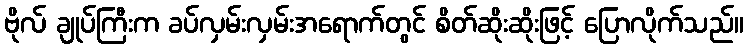
ဗိုလ် ချုပ်ကြီးက ခပ်လှမ်းလှမ်းအရောက်တွင် စိတ်ဆိုးဆိုးဖြင့် ပြောလိုက်သည်။